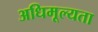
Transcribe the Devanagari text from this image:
अधिमूल्यता